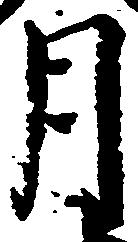
月